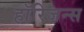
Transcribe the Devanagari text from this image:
हॉरिजन्स